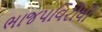
ભાજપવિરોધી